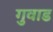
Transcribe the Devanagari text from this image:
गुवाड